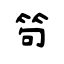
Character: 笱